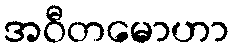
အဝီတမောဟာ